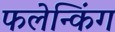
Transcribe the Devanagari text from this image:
फलेन्किंग